Madras plague regulations in force outside the Presidency town - Volume 5
Disease focus: Plague
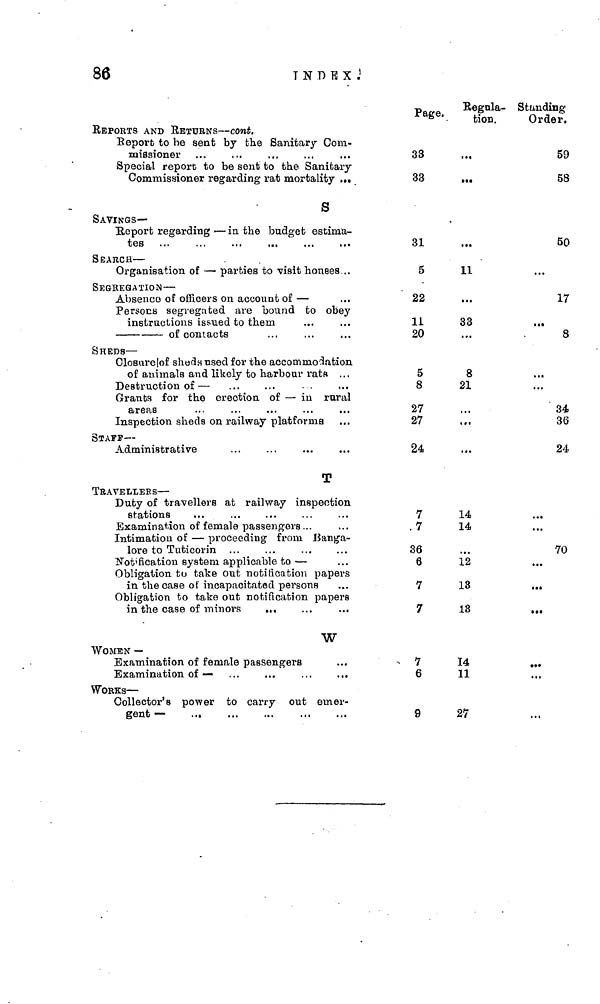
86
INDEX.
REPORTS AND RETURNS — cont.
Report to he sent by the Sanitary Com-
missioner
Special report to be sent to the Sanitary
Commissioner regarding rat mortality
S
SAVINGS—
Report regarding — in the budget
estima-
SEARCH —
Organisation of — parties to visit houses
SEGrEGATION —
Absence of officers on account of —
Persons segregated are bound to obey
instructions issued to them
of
contacts
SHEDS —
Closure of sheds used for the accommodation
of animals and likely to harbour
rats
Destruction of
—
Grants for the erection of — in rural
areas
Inspection sheds on railway platforms
STAFF —
Administrative
T
TRAVElLErS —
Duty of travellers at railway inspection
stations
Examination of female passengers
Intimation of — proceeding from Banga-
lore to Tuticorin
Notification system applicable to —
Obligation to take out notification papers
in the case of incapacitated persons
Obligation to take out notification papers
in the case of
minors
W
WOMEN —
Examination of female passengers
Examination of
—
WORKS —
Collector's power to carry out emer-
gent —
Page.
33
33
31
5
22
11
20
5
8
27
27
24
7
.7
36
6
7
7
7
6
9
Regula-
tion.
11
33
8
21
14
14
12
13
13
14
11
27
Standing
Order.
59
58
50
17
8
34
36
24
70
...